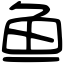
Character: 鱼